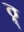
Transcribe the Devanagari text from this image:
ठ्र्